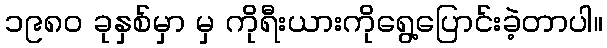
၁၉၈၀ ခုနှစ်မှာ မှ ကိုရီးယားကိုရွေ့ပြောင်းခဲ့တာပါ။